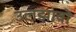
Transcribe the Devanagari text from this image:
उलझावों